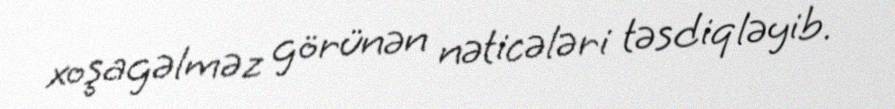
xoşagəlməz görünən nəticələri təsdiqləyib.